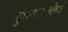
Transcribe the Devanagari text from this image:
कुंपणापलीकडे